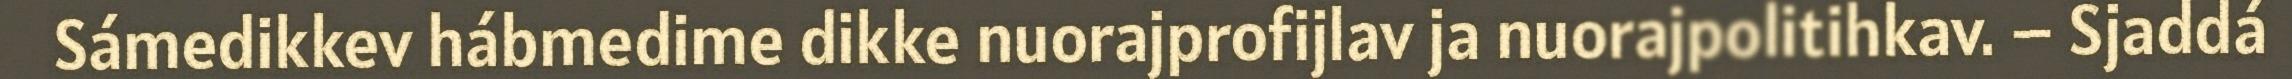
Sámedikkev hábmedime dikke nuorajprofijlav ja nuorajpolitihkav. – Sjaddá